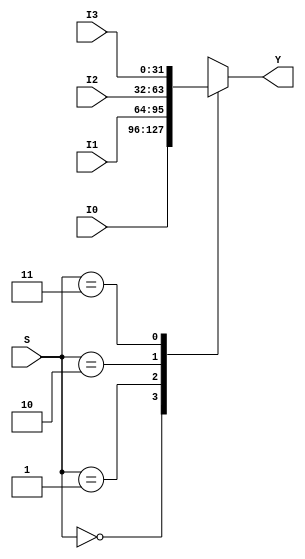
module multiplexer_4_to_1(Y, I0, I1, I2, I3, S);

input [31:0] I0, I1, I2, I3;
input [1: 0] S;
output reg [31:0] Y;

always @(I0 or I1 or I2 or I3 or S) begin
    case (S)
        2'b00: Y = I0;
        2'b01: Y = I1;
        2'b10: Y = I2;
        2'b11: Y = I3;
    endcase
end

endmodule